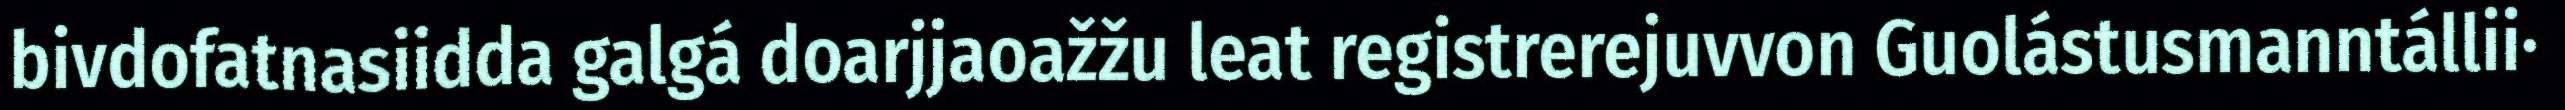
bivdofatnasiidda galgá doarjjaoažžu leat registrerejuvvon Guolástusmanntállii·